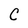
Character: C